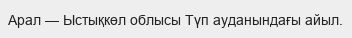
Арал — Ыстықкөл облысы Түп ауданындағы айыл.